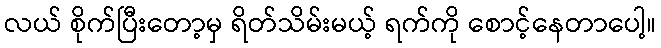
လယ် စိုက်ပြီးတော့မှ ရိတ်သိမ်းမယ့် ရက်ကို စောင့်နေတာပေါ့။